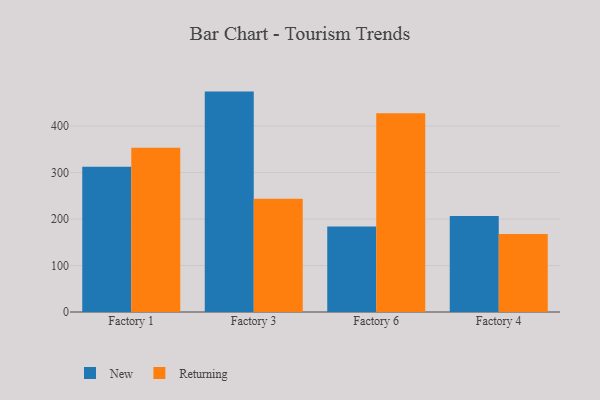
{"axis": {"x": "Factory", "y": "Gross Profit (USD K)"}, "legend": ["New", "Returning"], "data": [{"x": "Factory 1", "y": 312.8, "type": "New"}, {"x": "Factory 1", "y": 353.2, "type": "Returning"}, {"x": "Factory 3", "y": 474.3, "type": "New"}, {"x": "Factory 3", "y": 243.5, "type": "Returning"}, {"x": "Factory 6", "y": 183.8, "type": "New"}, {"x": "Factory 6", "y": 427.9, "type": "Returning"}, {"x": "Factory 4", "y": 206.7, "type": "New"}, {"x": "Factory 4", "y": 167.8, "type": "Returning"}]}